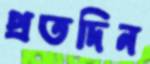
প্রতদিন